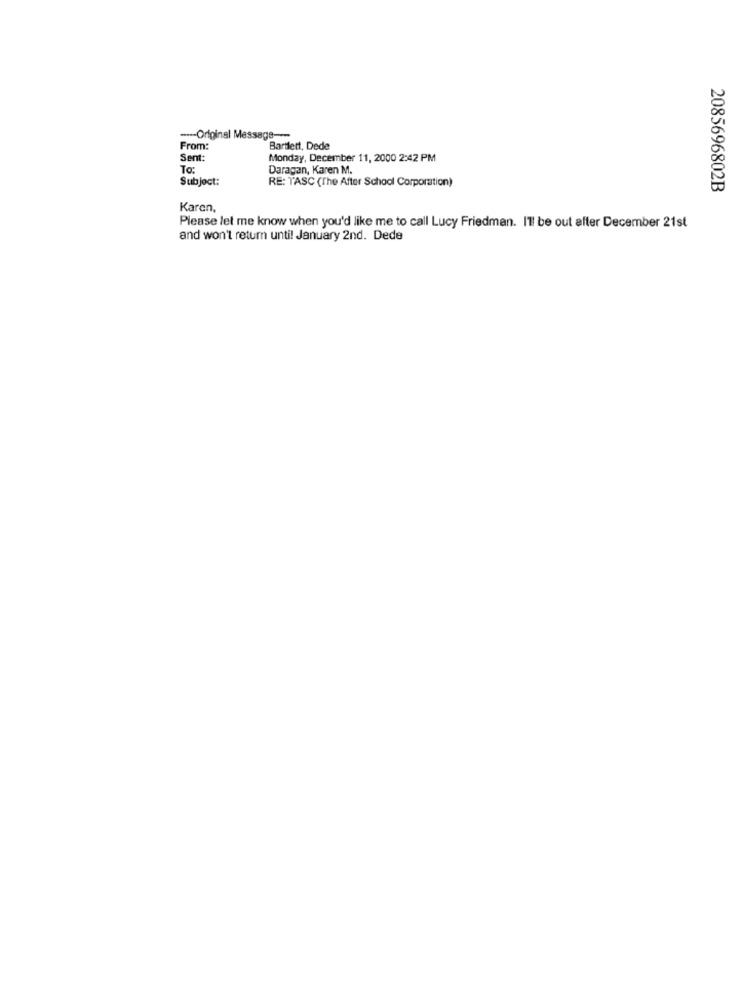
---- Original Message ---
From:
Bartlett, Dede
Sent:
Monday, December 11, 2000 2:42 PM
To:
Daragan, Karen M.
Subject:
RE: TASC (The After School Corporation)
2085696802B
Karen,
Please let me know when you'd like me to call Lucy Friedman. I'll be out after December 21st
and won't retum until January 2nd. Dede